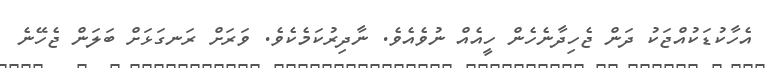
އެހާކުޑަކުއްޖަކު ދަން ޖެހިދާނެހެން ހީއެއް ނުވެއެވެ. ނާދިރުކަމެކެވެ. ވަރަށް ރަނގަޅަށް ބަލަން ޖެހޭނެ